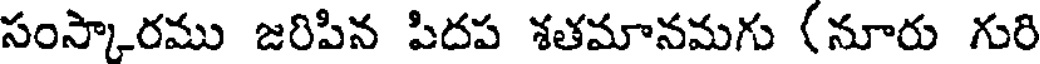
సంస్కారము జరిపిన పిదప శతమానమగు (నూరు గురి